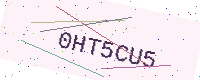
Text: 0HT5CU5